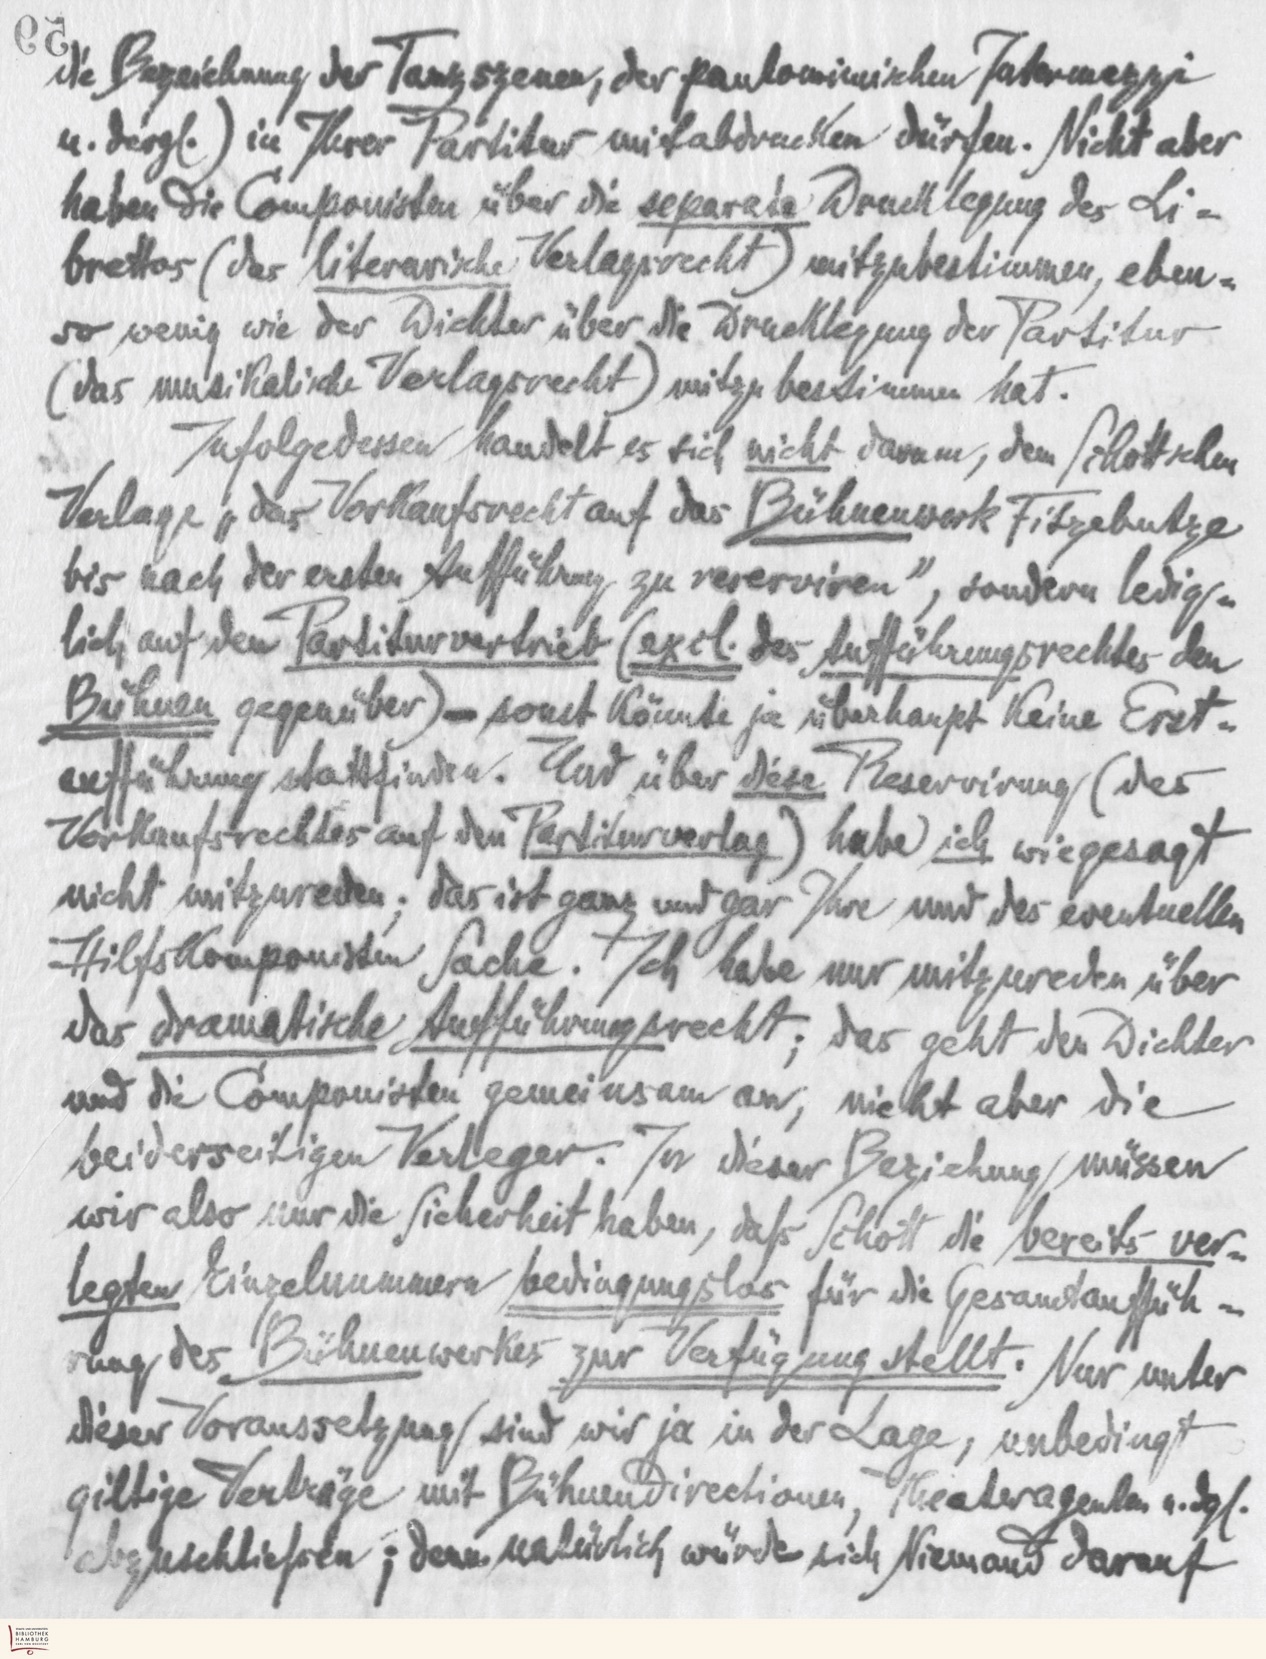
59
die Bezeichnung der Tanzszenen, der pantomimischen Intermezzi
u. dergl.) in Ihrer Partitur mitabdrucken dürfen. Nicht aber
haben die Componisten über die separate Drucklegung des Li-
brettos (das literarische Verlagsrecht) mitzubestimmen, eben-
so wenig wie der Dichter über die Drucklegung der Partitur
(das musikalische Verlagsrecht) mitzubestimmen hat.
Infolgedessen handelt es sich nicht darum, dem Schottschen
Verlage „das Verkaufsrecht auf das Bühnenwerk Fitzebutze
bis nach der ersten Aufführung zu reserviren", sondern ledig-
lich auf den Partiturvertrieb (excl. des Aufführungsrechtes den
Bühnen gegenüber) - sonst könnte ja überhaupt keine Erst-
aufführung stattfinden. Und über diese Reservirung (des
Verkaufsrechtes auf den Partiturverlag) habe ich wie gesagt
nicht mitzureden; das ist ganz und gar Ihre und des eventuellen
Hilfskomponisten Sache. Ich habe nur mitzureden über
das dramatische Aufführungsrecht; das geht den Dichter
und die Componisten gemeinsam an, nicht aber die
beiderseitigen Verleger. In dieser Beziehung müssen
wir also nur die Sicherheit haben, daß Schott die bereits ver-
legten Einzelnummern bedingungslos für die Gesamtauffüh-
rung des Bühnenwerkes zur Verfügung stellt. Nur unter
dieser Voraussetzung sind wir ja in der Lage, unbedingt
giltige Verträge mit Bühnendirectionen, Theateragenten u. dgl.
abzuschließen; denn natürlich würde sich Niemand darauf